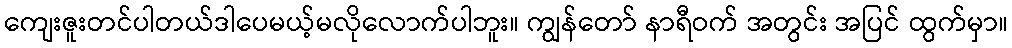
ကျေးဇူးတင်ပါတယ်ဒါပေမယ့်မလိုလောက်ပါဘူး။ ကျွန်တော် နာရီဝက် အတွင်း အပြင် ထွက်မှာ။